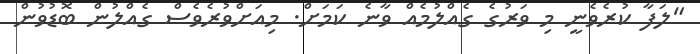
"ލަފާ ކުރެވެނީ މި ވަރުގެ ގެއްލުމެއް ވާނެ ކަމަށް. މިއަށްވުރެވެސް ގެއްލުން ބޮޑުވުން